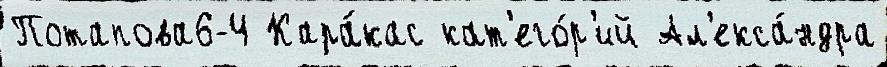
Потапова6-4 Кара́кас кат'его́р'ий Ал'екса́ндра